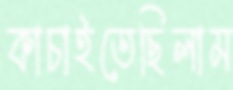
কাচাইতেছিলাম